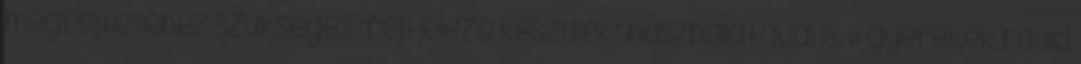
megfejtéséhez szükséges “rejtjelező készülék” használatával is. A gyerekek rövid